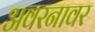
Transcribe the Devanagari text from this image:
अवरनावर